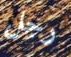
رجل